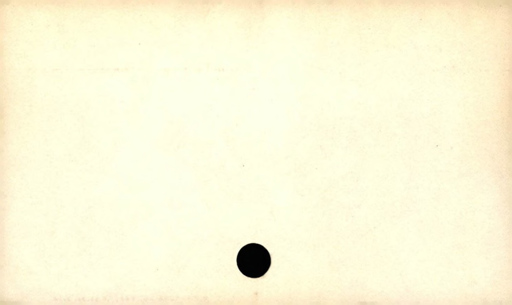
Label: blank